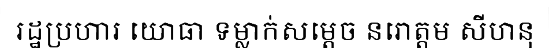
រដ្ឋប្រហារ យោធា ទម្លាក់សម្តេច នរោត្តម សីហនុ